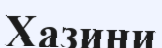
Хазини